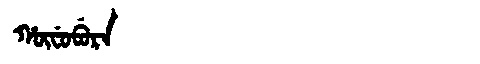
Manchu: ᡥᡡᠸᡠᠪᡠᡵᠠ
Romanization: HŪFUBURA